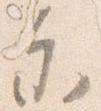
参